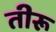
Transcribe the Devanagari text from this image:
तीरू